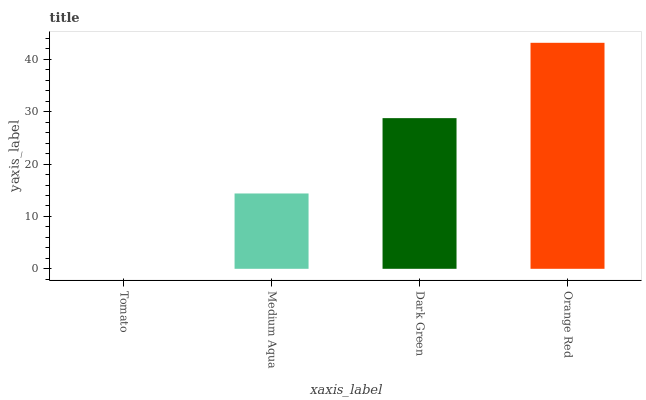
| xaxis_label | bars |
 | --- | --- |
 | Tomato | 0 |
 | Medium Aqua | 14.4 |
 | Dark Green | 28.8 |
 | Orange Red | 43.2 |